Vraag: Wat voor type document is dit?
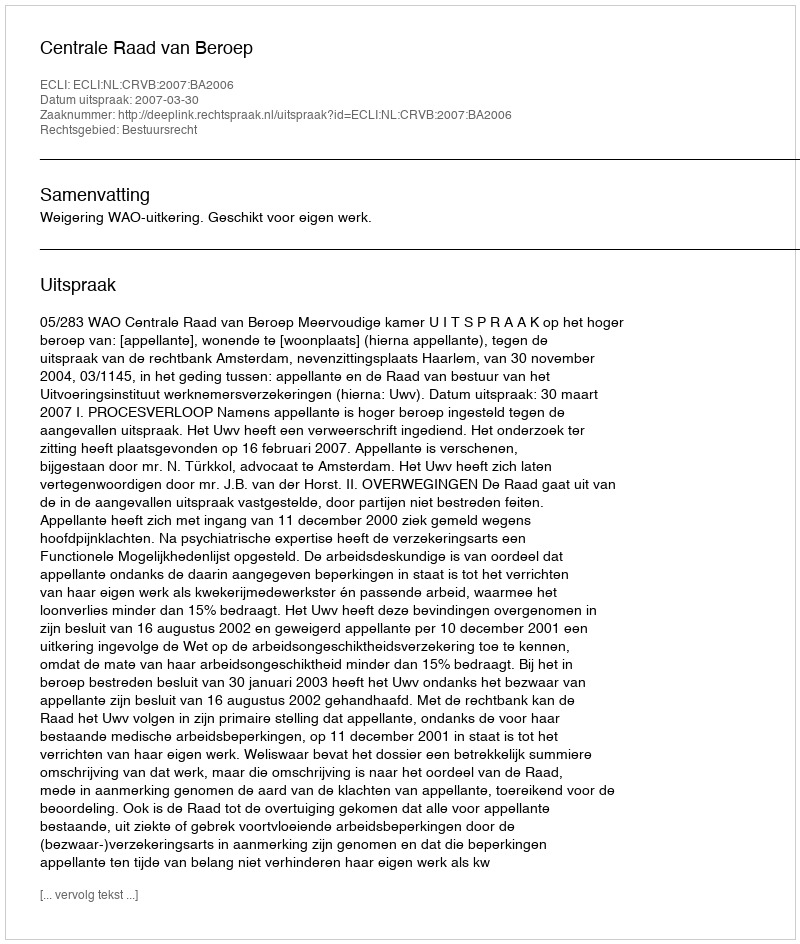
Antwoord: Uitspraak